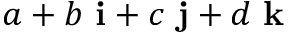
a + b \ \mathbf { i } + c \ \mathbf { j } + d \ \mathbf { k }